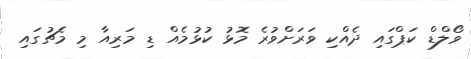
ވޯލްޑް ކަޕްގައި ދެއްކި ވަރަށްވުރެ މޮޅު ކުޅުމެއް ޑި މަރިއާ މި މެޗުގައި